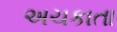
અચકાતા